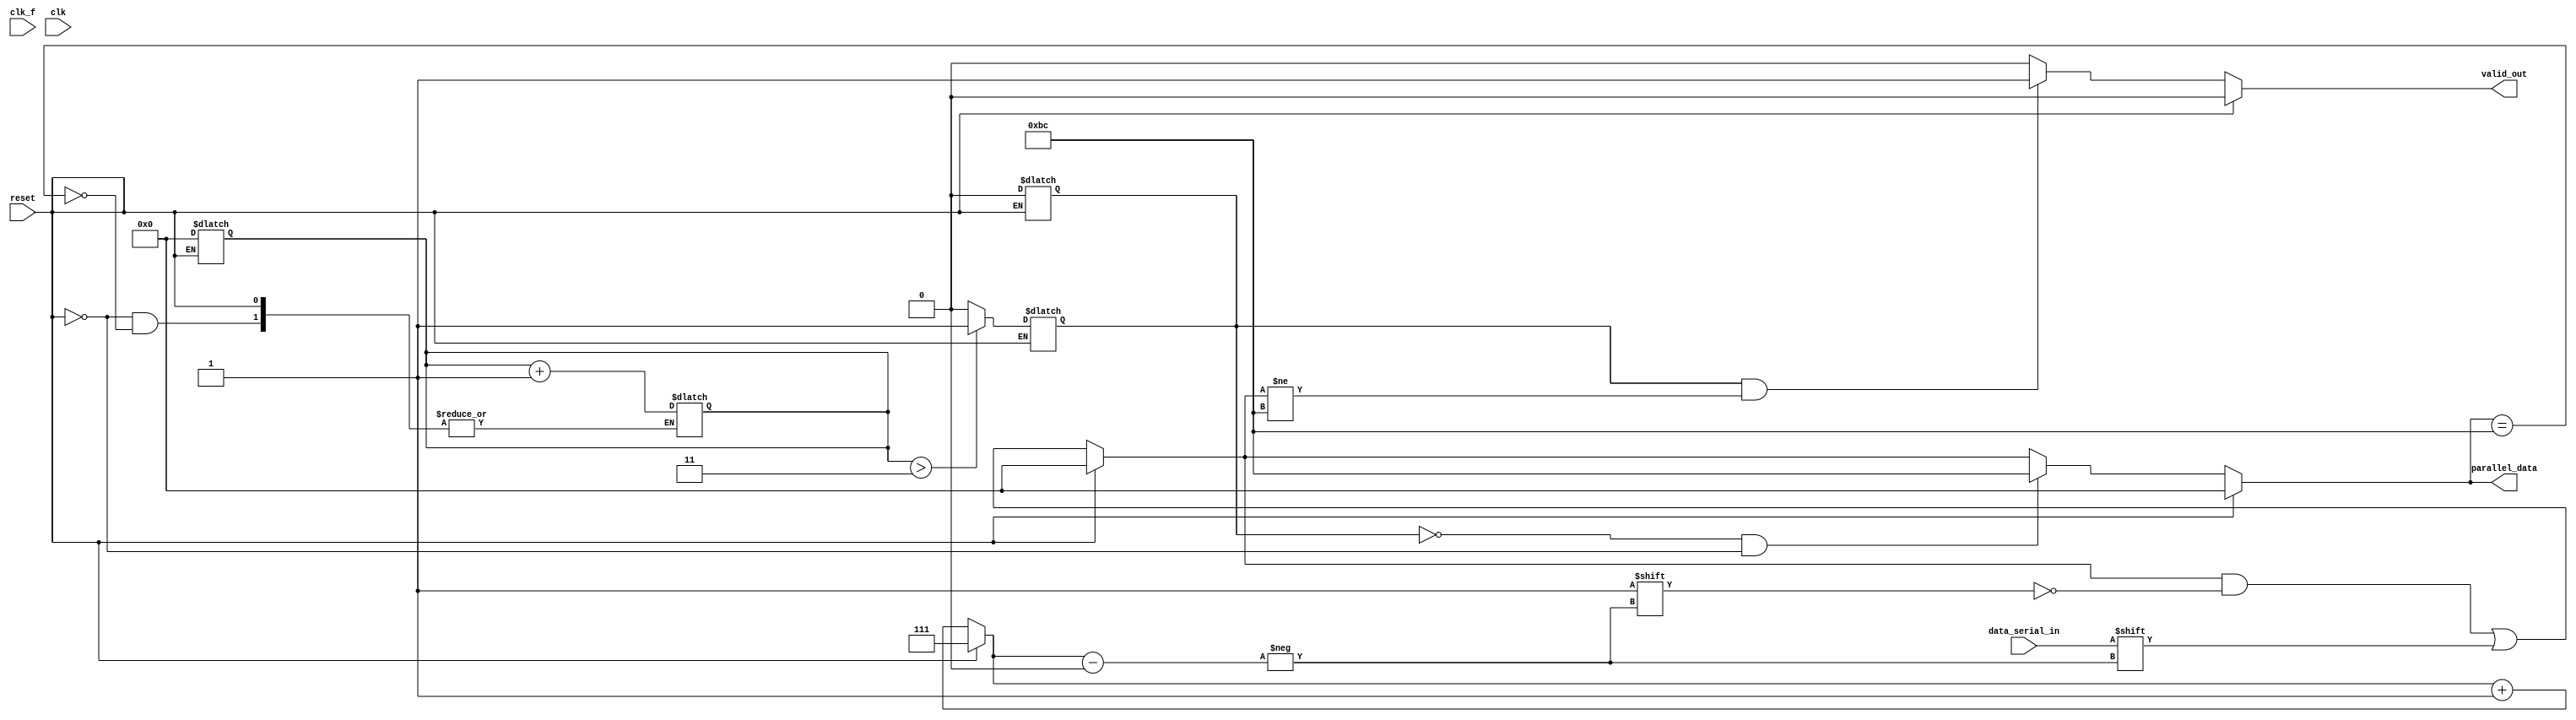
module serial_parallel(
	input clk_f, 
    input clk, 
    input reset, 
    input data_serial_in,
	output reg [7:0] parallel_data,
	output reg valid_out
);

reg active;
reg [2:0] counter;
reg [7:0] data_bus;
reg [7:0] ff_data_bus;
reg ff_data_in;
reg [7:0] BC_counter;

always @(*) begin
    data_bus = ff_data_bus;
    if (reset) begin
        data_bus = 0;
    end
    else begin
        data_bus[counter] = ff_data_in;
    end
end

always @(clk) begin
    ff_data_bus <= data_bus;
    ff_data_in <= data_serial_in;
    if (reset) begin
        counter <= 3'b111;
        BC_counter <= 0;
        active <= 0;
    end    
    else begin
        counter <= counter+1;
    end
end

always @(clk_f) begin
    if (reset) begin
        parallel_data <= 0;
        valid_out <= 0;
    end
    else begin
        // Cuenta la cantida de hex(BC)
        if (parallel_data == 8'hBC) begin
            BC_counter <= BC_counter+1;
        end

        // Revisar la cant. de BC_counter para levantar active
        if (BC_counter > 3) begin
            active <= 1;
        end
        else begin
            active <= 0;
        end

        // Revisar si el dato es valido
        if (active && data_bus != 8'hBC) begin
            valid_out <= 1;
        end
        else begin
            valid_out <= 0;
        end

        // Dato de salida
        if (~active && ~reset) begin
            parallel_data <= 8'hBC;
        end
        else begin
            parallel_data <= data_bus;
        end
    end
end

endmodule